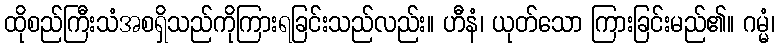
ထိုစည်ကြီးသံအစရှိသည်ကိုကြားရခြင်းသည်လည်း။ ဟီနံ၊ ယုတ်သော ကြားခြင်းမည်၏။ ဂမ္မံ၊